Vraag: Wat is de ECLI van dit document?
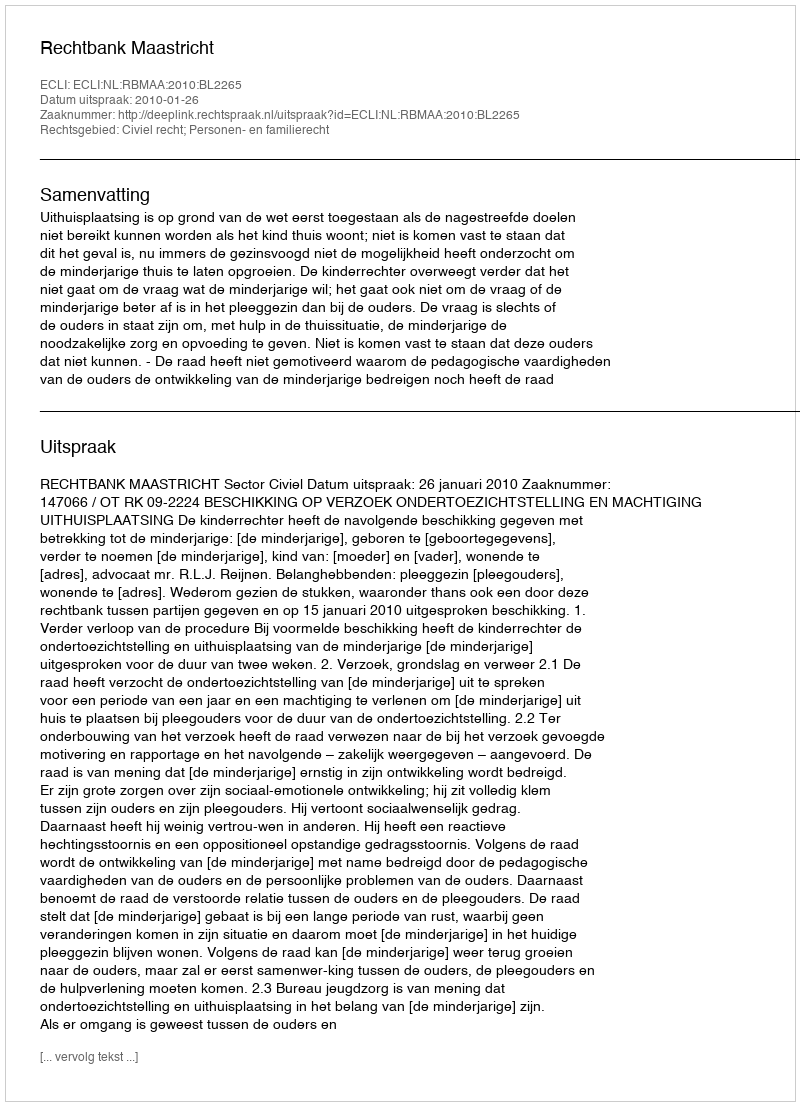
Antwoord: ECLI:NL:RBMAA:2010:BL2265